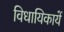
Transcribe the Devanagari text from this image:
विधायिकायें